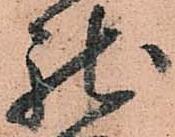
馳